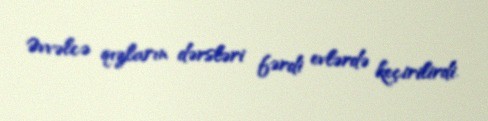
Əvvəlcə qızların dərsləri fərdi evlərdə keçirilirdi.